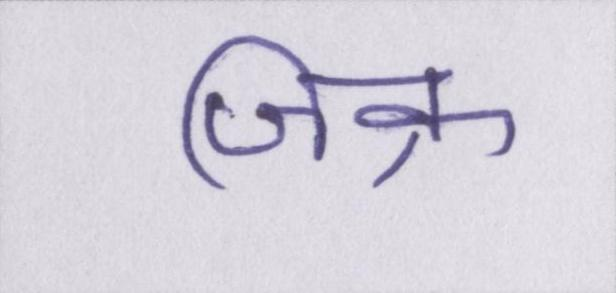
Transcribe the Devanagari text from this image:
जिक्र